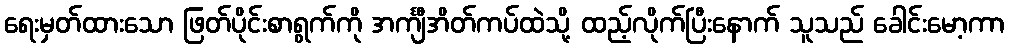
ရေးမှတ်ထားသော ဖြတ်ပိုင်းစာရွက်ကို အင်္ကျီအိတ်ကပ်ထဲသို့ ထည့်လိုက်ပြီးနောက် သူသည် ခေါင်းမော့ကာ